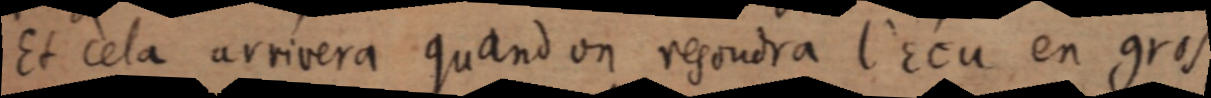
Et cela arrivera quand un resoudra l’Ecu en gros,